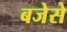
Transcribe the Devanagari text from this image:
बजेसे